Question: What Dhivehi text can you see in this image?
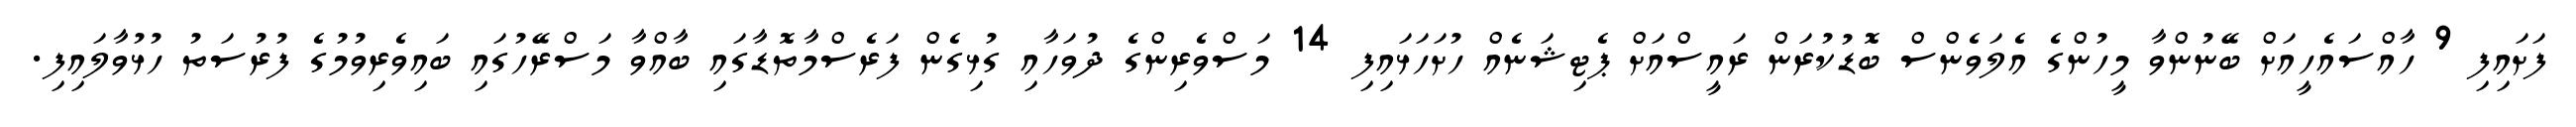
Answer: ފަށައިފި 9 ހާއްސައެހީއަށް ބޭނުންވާ މީހުންގެ އެލަވެންސް ބޮޑުކުރަން ރައީސްއަށް ޕެޓިޝަނެއް ހުށަހަޅައިފި 14 މަސްވެރިންގެ ދުވަހާއި ގުޅިގެން ފަރެސްމާތޮޑާގައި ބާއްވާ މަސްރޭހުގައި ބައިވެރިވުމުގެ ފުރުސަތު ހުޅުވާލައިފި.